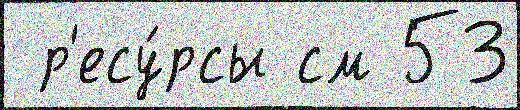
 р'есу́рсы см 53